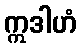
ဣဒါဟံ